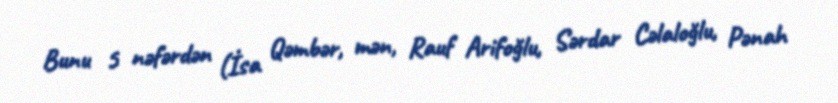
Bunu 5 nəfərdən (İsa Qəmbər, mən, Rauf Arifoğlu, Sərdar Cəlaloğlu, Pənah